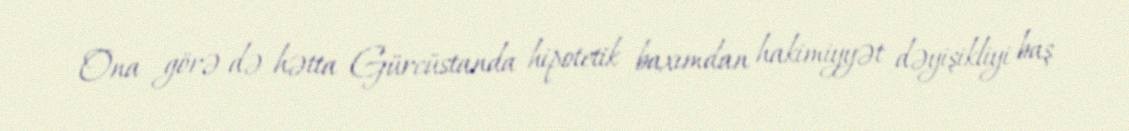
Ona görə də hətta Gürcüstanda hipotetik baxımdan hakimiyyət dəyişikliyi baş